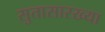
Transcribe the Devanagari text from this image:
सुतासारख्या